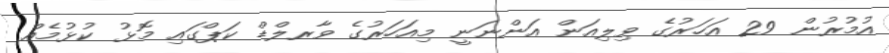
އުމުރުން 29 އަހަރުގެ ވިލިއަން އަންނަނީ މިއަހަރުގެ ވާރލްޑް ކަޕްގައި މޮޅު ކުޅުމެއް